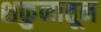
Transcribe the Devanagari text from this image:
शकुनातून